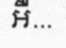
អឺ...